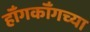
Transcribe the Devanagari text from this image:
हॉँगकॉँगच्या